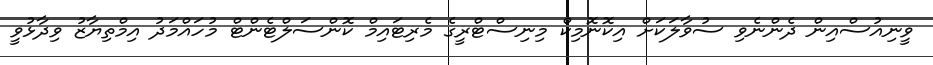
ވީނިއުސްއިން ދެންނެވި ސުވާލަކަށް އިކޮނޮމިކް މިނިސްޓްރީގެ މެރިޓައިމް ކޮންސަލްޓެންޓް މުހައްމަދު އިމްތިޔާޒު ވިދާޅުވީ